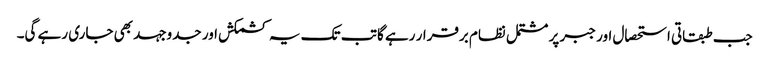
جب طبقاتی استحصال اور جبر پر مشتمل نظام برقرار رہے گا تب تک یہ کشمکش اور جدوجہد بھی جاری رہے گی۔